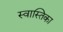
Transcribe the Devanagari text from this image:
स्वास्तिका